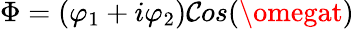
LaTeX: \Phi=(\varphi_{1}+i\varphi_{2})\mathcal{C}os(\omegat)